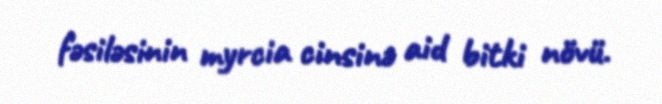
fəsiləsinin myrcia cinsinə aid bitki növü.